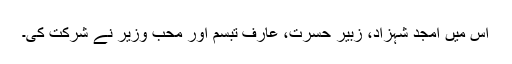
اس میں امجد شہزاد، زبیر حسرت، عارف تبسم اور محب وزیر نے شرکت کی۔